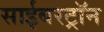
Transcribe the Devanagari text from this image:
साईबरट्राॅन